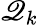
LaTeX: \mathscr{Q}_{k}